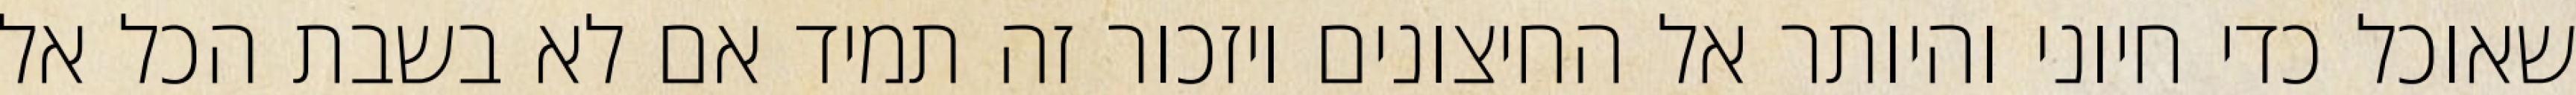
שאוכל כדי חיוני והיותר אל החיצונים ויזכור זה תמיד אם לא בשבת הכל אל